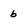
Character: 6